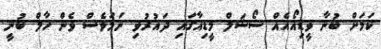
ކަމަށް ބުނާ ވީޑިއޯއެއް ސޯޝަލް މީޑިއާގައި ދައުރުވި ނަމަވެސް ވެން ހާލް ބުނީ